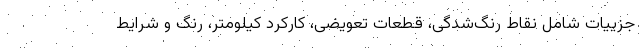
جزییات شامل نقاط رنگ‌شدگی، قطعات تعویضی، کارکرد کیلومتر، رنگ و شرایط